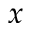
x